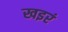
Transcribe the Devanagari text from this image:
खइरं